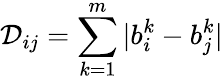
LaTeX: \mathcal{D}_{ij}=\sum_{k=1}^{m}|b_{i}^{k}-b_{j}^{k}|